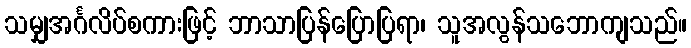
သမျှအင်္ဂလိပ်စကားဖြင့် ဘာသာပြန်ပြောပြရာ၊ သူအလွန်သဘောကျသည်။